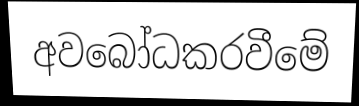
අවබෝධකරවීමේ